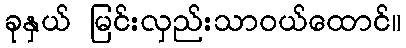
ခုနှယ် မြင်းလှည်းသာဝယ်ထောင်။